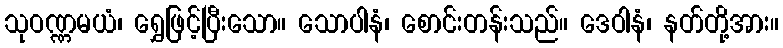
သုဝဏ္ဏမယံ၊ ရွှေဖြင့်ပြီးသော။ သောပါနံ၊ စောင်းတန်းသည်။ ဒေဝါနံ၊ နတ်တို့အား။